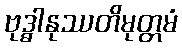
ဗုဒ္ဓါနုဿတိမုတ္တမံ